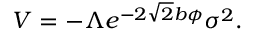
V = - \Lambda e ^ { - 2 \sqrt { 2 } b \phi } \sigma ^ { 2 } .